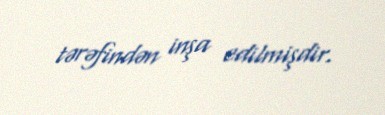
tərəfindən inşa edilmişdir.